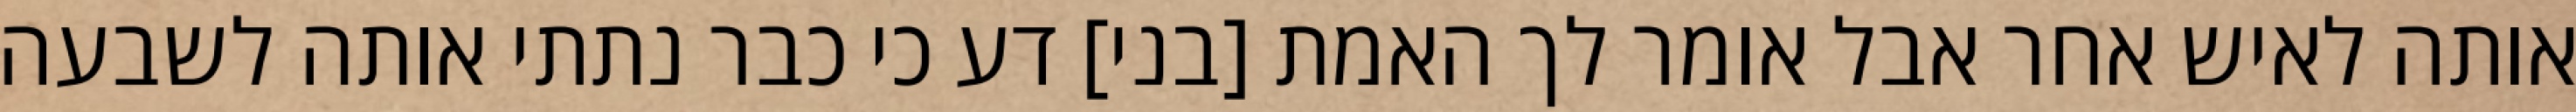
אותה לאיש אחר אבל אומר לך האמת [בני] דע כי כבר נתתי אותה לשבעה